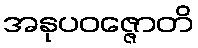
အနုပဝဇ္ဇောတိ